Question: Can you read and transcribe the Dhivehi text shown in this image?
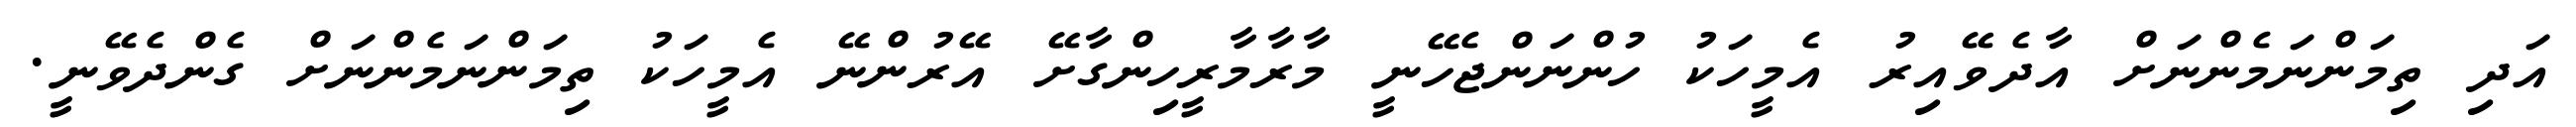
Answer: އަދި ތިމަންނަމެންނަށް އާދެވޭއިރު އެމީހަކު ހުންނަންޖެހޭނީ މާރާމާރީހިންގާށޭ އޭރުންނޭ އެމީހަކު ތިމަންނަމެންނަށް ގެންދެވޭނީ.